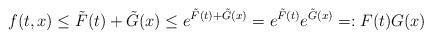
LaTeX: \begin{align*} f(t ,x )\leq \tilde{F}(t )+\tilde{G}(x )\leq e^{\tilde{F}(t )+\tilde{G}(x )}=e^{\tilde{F}(t )}e^{\tilde{G}(x )}=:F(t )G(x )\end{align*}